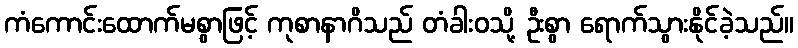
ကံကောင်းထောက်မစွာဖြင့် ကုစာနာဂိသည် တံခါးဝသို့ ဦးစွာ ရောက်သွားနိုင်ခဲ့သည်။